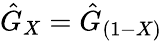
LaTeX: {\hat{G}}_{X}={\hat{G}}_{(1-X)}